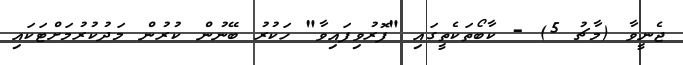
ޖެނީވާ (މާޗު 5) - ކާބޯތަކެތީގައި "ފޮރުވިފައިވާ" ހަކުރު ބޭނުން ކުރުން މަދުކުރުމަށްޓަކައި